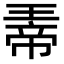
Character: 𪼀